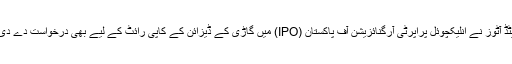
یونائیٹڈ آٹوز نے انلیکچوئل پراپرٹی آرگنائزیشن آف پاکستان (IPO) میں گاڑی کے ڈیزائن کے کاپی رائٹ کے لیے بھی درخواست دے دی ہے۔